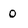
Character: 0